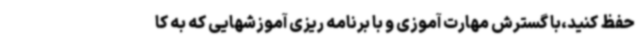
حفظ کنید،با گسترش مهارت آموزی و با برنامه ریزی آموزشهایی که به کا